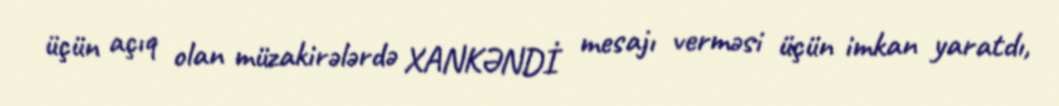
üçün açıq olan müzakirələrdə XANKƏNDİ mesajı verməsi üçün imkan yaratdı,